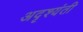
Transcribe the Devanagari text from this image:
अदृश्यंती